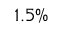
1 . 5 \%